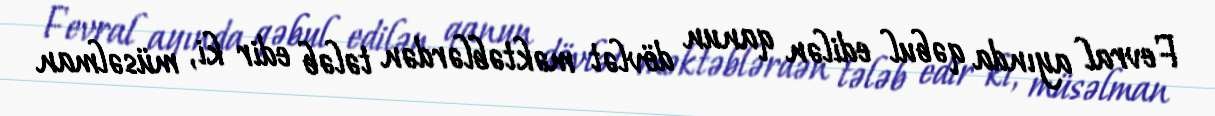
Fevral ayında qəbul edilən qanun dövlət məktəblərdən tələb edir ki, müsəlman